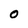
Character: 0